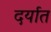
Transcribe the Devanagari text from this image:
दर्यात